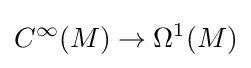
C^{\infty }(M)\to \Omega ^{1}(M)